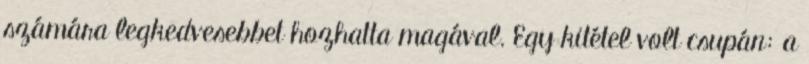
számára legkedvesebbet hozhatta magával. Egy kitétel volt csupán: a